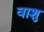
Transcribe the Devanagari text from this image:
वाशु